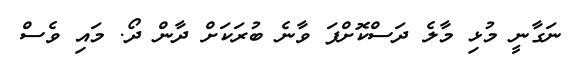
ނަގާނީ މުޅި މާލެ ދަސްކޮށްފަ ވާނެ ބުރަކަށް ދާން ދޯ. މައި ވެސް